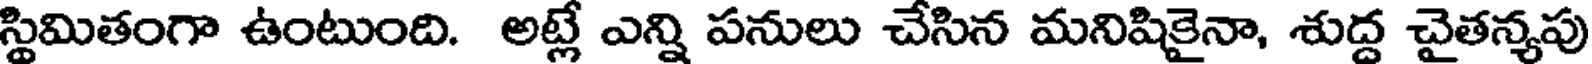
స్థిమితంగా ఉంటుంది. అట్లే ఎన్ని పనులు చేసిన మనిషికైనా, శుద్ద చైతన్యపు